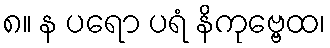
၈။ န ပရော ပရံ နိကုဗ္ဗေထ၊